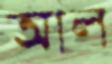
আল